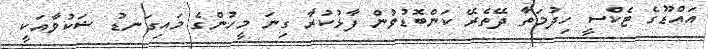
އައްޑޫގެ ޓެކްސީ ހިދުމަތާ ދޭތެރޭ ކަންބޮޑުވުން ފާޅުކުރާ ގިނަ މީހުންގެ މައިގަނޑު ޝަކުވާއަކީ